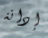
إدانة